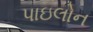
પાઇલોન